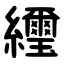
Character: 䌳